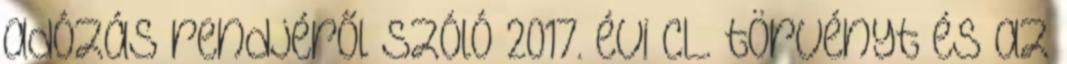
adózás rendjéről szóló 2017. évi CL. törvényt és az